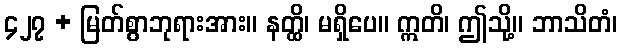
၄၂၇ + မြတ်စွာဘုရားအား။ နတ္ထိ၊ မရှိပေ။ ဣတိ၊ ဤသို့။ ဘာသိတံ၊